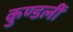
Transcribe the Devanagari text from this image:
कुण्डलीं